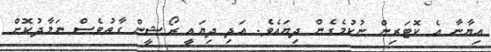
އިޔާނާ އެ ކޮޓަރިން ނުކުމެގެން ދިޔައެވެ. އަދި ދިޔައީ ރޯޝީން ގާތުވެސް ނަމާދުކޮށް